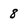
Character: 8